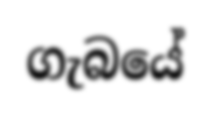
ගැබයේ